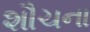
શૌચના